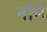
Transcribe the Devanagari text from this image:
नाॅर्म